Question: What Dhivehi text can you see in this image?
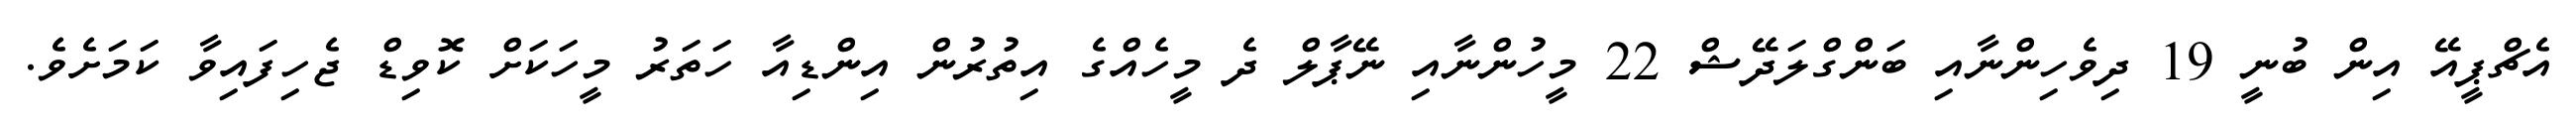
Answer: އެޗްޕީއޭ އިން ބުނީ 19 ދިވެހިންނާއި ބަންގްލަދޭޝް 22 މީހުންނާއި ނޭޕާލް ދެ މީހެއްގެ އިތުރުން އިންޑިއާ ހަތަރު މީހަކަށް ކޮވިޑް ޖެހިފައިވާ ކަމަށެވެ.